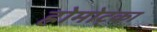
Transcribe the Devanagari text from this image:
ह्रोमोट्का